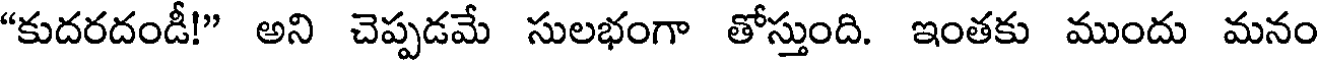
"కుదరదండీ!" అని చెప్పడమే సులభంగా తోస్తుంది. ఇంతకు ముందు మనం